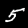
Label: 5